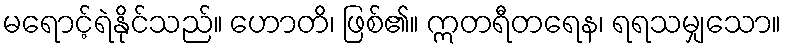
မရောင့်ရဲနိုင်သည်။ ဟောတိ၊ ဖြစ်၏။ ဣတရီတရေန၊ ရရသမျှသော။